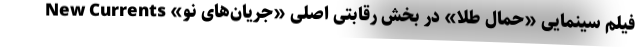
فیلم سینمایی «حمال طلا» در بخش رقابتی اصلی «جریان‌های نو» New Currents